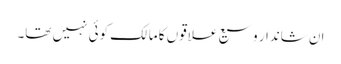
ان شاندار وسیع علاقوں کا مالک کوئی نہیں تھا۔